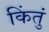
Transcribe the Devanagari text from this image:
किंतुं